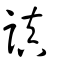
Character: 謓